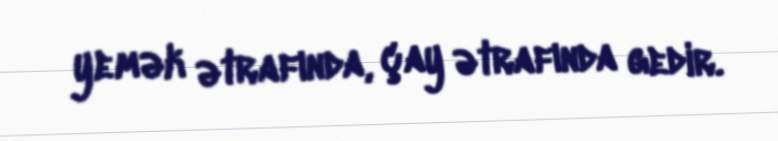
yemək ətrafında, çay ətrafında gedir.